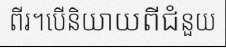
ពីរ។បើនិយាយពីជំនួយ